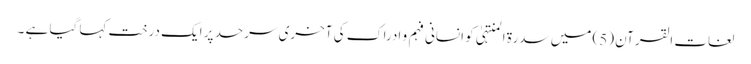
لغات القرآن (5) میں سدرة المنتہیٰ کو انسانی فہم و ادراک کی آخری سرحد پر ایک درخت کہا گیا ہے ۔